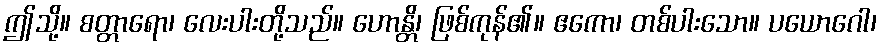
ဤသို့။ စတ္တာရော၊ လေးပါးတို့သည်။ ဟောန္တိ၊ ဖြစ်ကုန်၏။ ဧကော၊ တစ်ပါးသော။ ပယောဂေါ၊